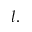
l .